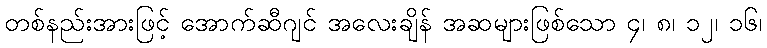
တစ်နည်းအားဖြင့် အောက်ဆီဂျင် အလေးချိန် အဆများဖြစ်သော ၄၊ ၈၊ ၁၂၊ ၁၆၊